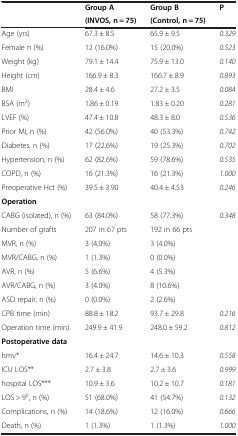
<table><thead><tr><td><b> </b></td><td><b>Group A</b></td><td><b>Group B</b></td><td><b>P</b></td></tr><tr><td><b> </b></td><td><b>(INVOS, n = 75)</b></td><td><b>(Control, n = 75)</b></td><td><b> </b></td></tr></thead><tbody><tr><td>Age (yrs)</td><td>67.3 ± 8.5</td><td>65.9 ± 9.5</td><td><i>0</i>.<i>329</i></td></tr><tr><td>Female n (%)</td><td>12 (16.0%)</td><td>15 (20.0%)</td><td><i>0</i>.<i>523</i></td></tr><tr><td>Weight (kg)</td><td>79.1 ± 14.4</td><td>75.9 ± 13.0</td><td><i>0</i>.<i>140</i></td></tr><tr><td>Height (cm)</td><td>166.9 ± 8.3</td><td>166.7 ± 8.9</td><td><i>0</i>.<i>893</i></td></tr><tr><td>BMI</td><td>28.4 ± 4.6</td><td>27.2 ± 3.5</td><td><i>0</i>.<i>084</i></td></tr><tr><td>BSA (m<sup>2</sup>)</td><td>1.86 ± 0.19</td><td>1.83 ± 0.20</td><td><i>0</i>.<i>281</i></td></tr><tr><td>LVEF (%)</td><td>47.4 ± 10.8</td><td>48.3 ± 8.0</td><td><i>0</i>.<i>536</i></td></tr><tr><td>Prior MI, n (%)</td><td>42 (56.0%)</td><td>40 (53.3%)</td><td><i>0</i>.<i>742</i></td></tr><tr><td>Diabetes, n (%)</td><td>17 (22.6%)</td><td>19 (25.3%)</td><td><i>0</i>.<i>702</i></td></tr><tr><td>Hypertension, n (%)</td><td>62 (82.6%)</td><td>59 (78.6%)</td><td><i>0</i>.<i>535</i></td></tr><tr><td>COPD, n (%)</td><td>16 (21.3%)</td><td>16 (21.3%)</td><td><i>1</i>.<i>000</i></td></tr><tr><td>Preoperative Hct (%)</td><td>39.5 ± 3.90</td><td>40.4 ± 4.53</td><td><i>0</i>.<i>246</i></td></tr><tr><td><b>Operation</b></td><td> </td><td> </td><td> </td></tr><tr><td>CABG (isolated), n (%)</td><td>63 (84.0%)</td><td>58 (77.3%)</td><td><i>0</i>.<i>348</i></td></tr><tr><td>Number of grafts</td><td>207 in 67 pts</td><td>192 in 66 pts</td><td> </td></tr><tr><td>MVR, n (%)</td><td>3 (4.0%)</td><td>3 (4.0%)</td><td> </td></tr><tr><td>MVR/CABG, n (%)</td><td>1 (1.3%)</td><td>0 (0.0%)</td><td> </td></tr><tr><td>AVR, n (%)</td><td>5 (6.6%)</td><td>4 (5.3%)</td><td> </td></tr><tr><td>AVR/CABG, n (%)</td><td>3 (4.0%)</td><td>8 (10.6%)</td><td> </td></tr><tr><td>ASD repair, n (%)</td><td>0 (0.0%)</td><td>2 (2.6%)</td><td> </td></tr><tr><td>CPB time (min)</td><td>88.8 ± 18.2</td><td>93.7 ± 29.8</td><td><i>0</i>.<i>216</i></td></tr><tr><td>Operation time (min)</td><td>249.9 ± 41.9</td><td>248.0 ± 59.2</td><td><i>0</i>.<i>812</i></td></tr><tr><td><b>Postoperative data</b></td><td> </td><td> </td><td> </td></tr><tr><td>hmv*</td><td>16.4 ± 24.7</td><td>14.6 ± 10.3</td><td><i>0</i>.<i>558</i></td></tr><tr><td>ICU LOS**</td><td>2.7 ± 3.8</td><td>2.7 ± 3.6</td><td><i>0</i>.<i>999</i></td></tr><tr><td>hospital LOS***</td><td>10.9 ± 3.6</td><td>10.2 ± 10.7</td><td><i>0</i>.<i>181</i></td></tr><tr><td>LOS &gt; 9<sup>◊</sup>, n (%)</td><td>51 (68.0%)</td><td>41 (54.7%)</td><td><i>0</i>.<i>132</i></td></tr><tr><td>Complications, n (%)</td><td>14 (18.6%)</td><td>12 (16.0%)</td><td><i>0</i>.<i>666</i></td></tr><tr><td>Death, n (%)</td><td>1 (1.3%)</td><td>1 (1.3%)</td><td><i>1</i>.<i>000</i></td></tr></tbody></table>